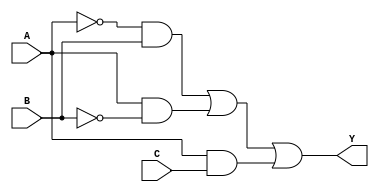
module combinational_logic_block (
    input wire A,      // Input variable A
    input wire B,      // Input variable B
    input wire C,      // Input variable C
    output wire Y      // Output variable Y
);

// Intermediate signals for the minimized expression
wire not_A;
wire not_B;
wire term1, term2, term3;

// Generate NOT gates
assign not_A = ~A;  // A'
assign not_B = ~B;  // B'

// Generate the terms based on the minimized expression
assign term1 = not_A & B;  // A'B
assign term2 = A & not_B;   // AB'
assign term3 = A & C;       // AC

// Combine the terms to produce the output Y
assign Y = term1 | term2 | term3; // Y = A'B + AB' + AC

endmodule